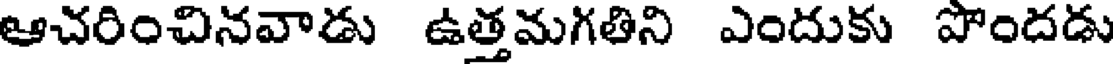
ఆచరించినవాడు ఉత్తమగతిని ఎందుకు పొందడు